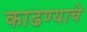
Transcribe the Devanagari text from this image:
काढण्‍याचे